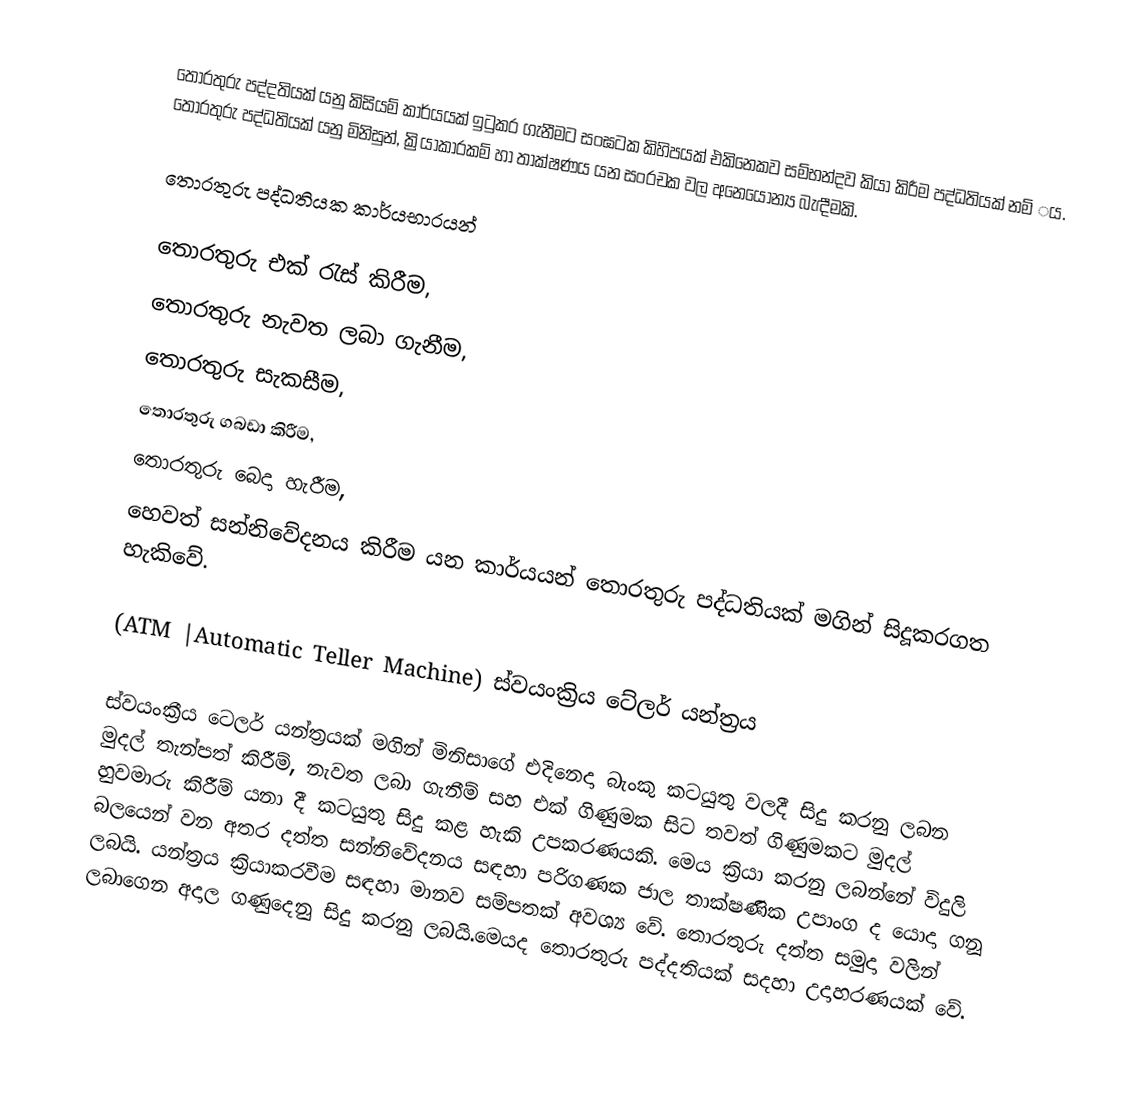
තොරතුරු පද්දතියක් යනු  කිසියම් කාර්යයක් ඉටුකර ගැනීමට සංඝටක කිහිපයක් එකිනෙකව සම්භන්දව කියා කිරීම පද්ධතියක් නම් ‌‌ය. තොරතුරු පද්ධතියක් යනු මිනිසුන්, ක්‍රියාකාරකම් හා තාක්ෂණය යන සංරචක වල අනෙයෝන්‍ය බැඳීමකි.

තොරතුරු පද්ධතියක කාර්යභාරයන්

 තොරතුරු එක් රැස් කිරීම,
 තොරතුරු නැවත ලබා ගැනීම,
 තොරතුරු සැකසීම,
 තොරතුරු ගබඩා කිරීම,
 තොරතුරු බෙදා හැරීම,
හෙවත් සන්නිවේදනය කිරීම යන කාර්යයන් තොරතුරු පද්ධතියක් මගින් සිදූකරගත හැකිවේ.

(ATM |Automatic Teller Machine) ස්වයංක්‍රිය ටේලර් යන්ත්‍රය

ස්වයංක්‍රීය ටෙලර් යන්ත්‍රයක් මගින් මිනිසාගේ එදිනෙදා බැංකු කටයුතු වලදී සිදු කරනු ලබන මුදල් තැන්පත් කිරීම්, නැවත ලබා ගැනීම් සහ එක් ගිණුමක සිට තවත් ගිණුමකට මුදල්  හුවමාරු කිරීම් යනා දී කටයුතු සිදු කළ හැකි උපකරණයකි. මෙය ක්‍රියා කරනු ලබන්නේ විදුලි බලයෙන් වන අතර දත්ත සන්නිවේදනය සඳහා පරිගණක ජාල තාක්ෂණික උපාංග ද යොදා ගනූ ලබයි. යන්ත්‍රය ක්‍රියාකරවීම සඳහා මානව සම්පතක් අවශ්‍ය වේ. තොරතුරු දත්ත සමුදා වලින් ලබාගෙන අදාල ගණුදෙනු සිදු කරනු ලබයි.මෙයද තොරතුරු පද්දතියක් සදහා උදාහරණයක් වේ.